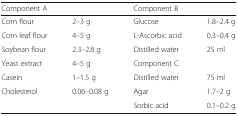
<table><thead><tr><td colspan="2"><b>Component A</b></td><td colspan="2"><b>Component B</b></td></tr></thead><tbody><tr><td>Corn flour</td><td>2–3 g</td><td>Glucose</td><td>1.8–2.4 g</td></tr><tr><td>Corn leaf flour</td><td>4–5 g</td><td>L-Ascorbic acid</td><td>0.3–0.4 g</td></tr><tr><td>Soybean flour</td><td>2.3–2.8 g</td><td>Distilled water</td><td>25 ml</td></tr><tr><td>Yeast extract</td><td>4–5 g</td><td>Component C</td><td></td></tr><tr><td>Casein</td><td>1–1.5 g</td><td>Distilled water</td><td>75 ml</td></tr><tr><td>Cholesterol</td><td>0.06–0.08 g</td><td>Agar</td><td>1.7–2 g</td></tr><tr><td></td><td></td><td>Sorbic acid</td><td>0.1–0.2 g</td></tr></tbody></table>